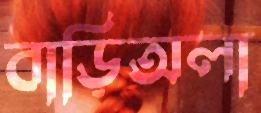
বাড়িঅলা